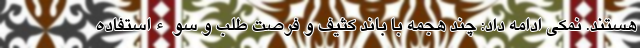
هستند. نمکی ادامه داد: چند هجمه با باند کثیف و فرصت طلب و سوءاستفاده